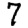
Digit: 7